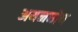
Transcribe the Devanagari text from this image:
अयनघोष